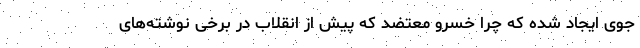
جوّی ایجاد شده که چرا خسرو معتضد که پیش از انقلاب در برخی نوشته‌های